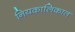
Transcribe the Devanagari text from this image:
नियकालिकात